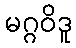
မဂ္ဂဝိဒူ